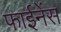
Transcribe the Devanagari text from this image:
फाईनेंस